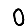
Digit: 0